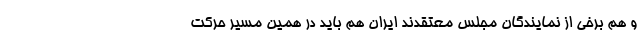
و هم برخی از نمایندگان مجلس معتقدند ایران هم باید در همین مسیر حرکت